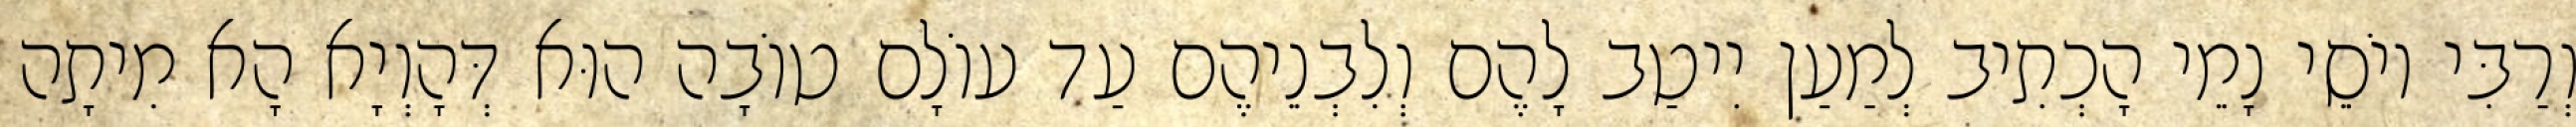
וְרַבִּי יוֹסֵי נָמֵי הָכְתִיב לְמַעַן יִיטַב לָהֶם וְלִבְנֵיהֶם עַד עוֹלָם טוֹבָה הוּא דְּהָוְיָא הָא מִיתָה